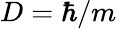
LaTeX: D=\hbar/m